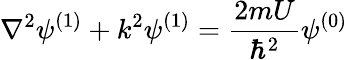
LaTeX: \nabla^{2}\psi^{(1)}+k^{2}\psi^{(1)}={\frac{2mU}{\hbar^{2}}}\psi^{(0)}